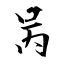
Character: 呙